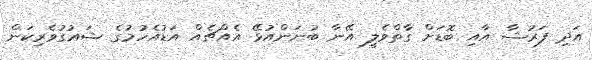
އަދި ފަރުޝާ އާއި ބޮޑަށް ގާތްވެލީ އޭނާ ބުނަންއުޅޭ އެއްޗެއް އަޑުއެހުމުގެ ޝައުގުވެރިކަން